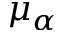
\mu _ { \alpha }